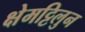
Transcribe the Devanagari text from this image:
क्षेमट्टिलुन